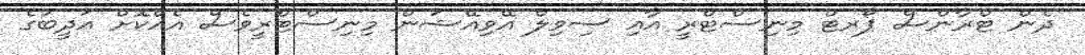
ދެން ޓްރާންސް ޕޯރޓް މިނިސްޓްރީ އާއި ސިވިލް އޭވިއޭޝަން މިނިސްޓްރީވެސް އެއްކޮށް އަދީބުގެ